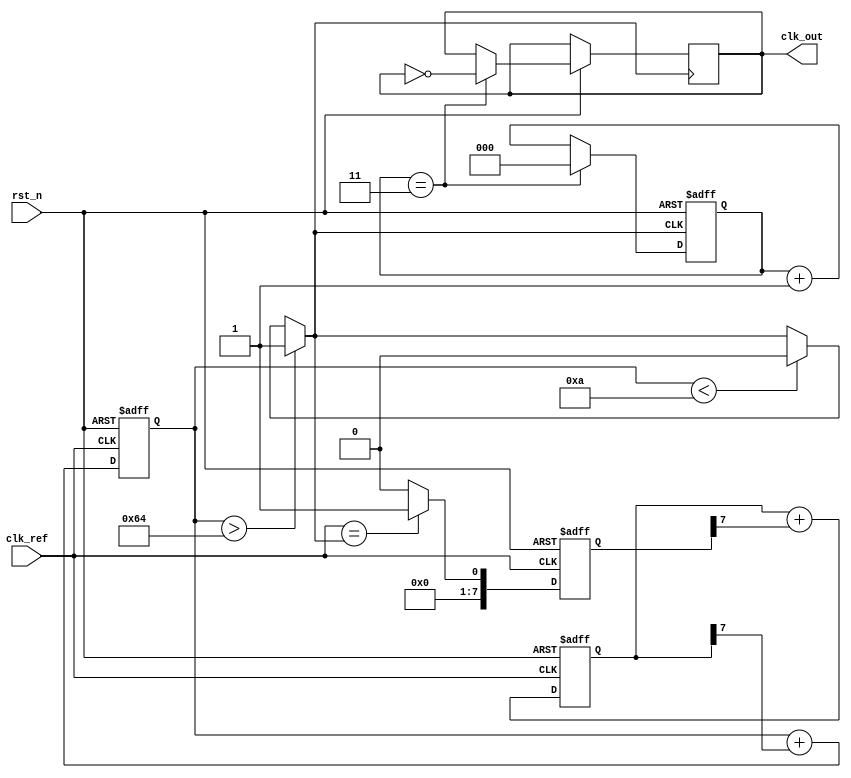
module sigma_delta_pll (
    input wire clk_ref,           // Reference clock
    input wire rst_n,             // Active low reset
    output wire clk_out           // Output clock from the VCO
);

// Parameters
parameter N = 8;                 // Order of the Sigma-Delta Modulator
parameter DIV_FACTOR = 4;        // Divider factor for feedback
parameter VCO_MAX_FREQ = 100;    // Max frequency of VCO
parameter VCO_MIN_FREQ = 10;     // Min frequency of VCO

// Internal signals
reg [N-1:0] phase_error;         // Phase error signal from PD
reg [N-1:0] mod_output;          // Output of Sigma-Delta Modulator
reg [7:0] control_voltage;        // Control voltage for VCO
wire vco_out;                    // Output from VCO
reg [2:0] divider_count;         // Counter for VCO output divider

// Phase Detector
always @(posedge clk_ref or negedge rst_n) begin
    if (!rst_n) begin
        phase_error <= 0;
    end else begin
        // Simple phase detector logic (for illustration)
        // You may replace this with actual phase comparison logic
        phase_error <= (clk_ref == vco_out) ? 1 : 0;
    end
end

// Sigma-Delta Modulator
always @(posedge clk_ref or negedge rst_n) begin
    if (!rst_n) begin
        mod_output <= 0;
    end else begin
        // Simple first-order Sigma-Delta Modulator
        mod_output <= mod_output + phase_error[N-1];
    end
end

// Loop Filter (Simple first-order)
always @(posedge clk_ref or negedge rst_n) begin
    if (!rst_n) begin
        control_voltage <= 0;
    end else begin
        control_voltage <= control_voltage + mod_output[N-1];
    end
end

// Voltage-Controlled Oscillator (VCO)
assign vco_out = (control_voltage > VCO_MAX_FREQ) ? 1'b1 : (control_voltage < VCO_MIN_FREQ) ? 1'b0 : vco_out;

// Divider
always @(posedge vco_out or negedge rst_n) begin
    if (!rst_n) begin
        divider_count <= 0;
    end else begin
        if (divider_count == (DIV_FACTOR - 1)) begin
            divider_count <= 0;
            clk_out <= ~clk_out;  // Toggle output clock
        end else begin
            divider_count <= divider_count + 1;
        end
    end
end

endmodule